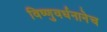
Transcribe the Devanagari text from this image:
विष्णुवर्धनानेच